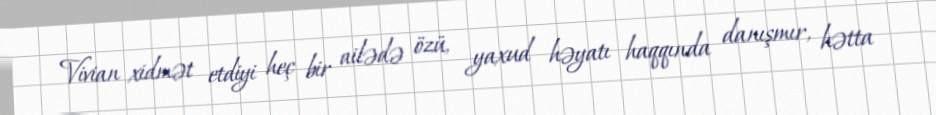
Vivian xidmət etdiyi heç bir ailədə özü, yaxud həyatı haqqında danışmır, hətta